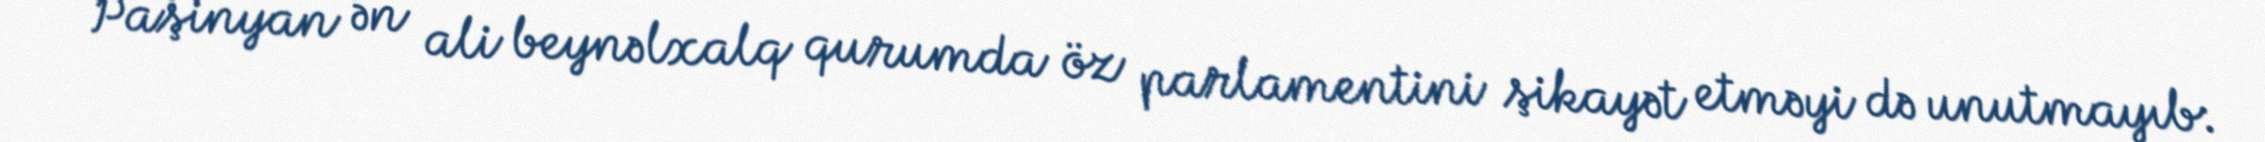
Paşinyan ən ali beynəlxalq qurumda öz parlamentini şikayət etməyi də unutmayıb: